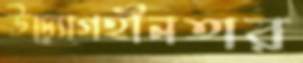
উদ্যোগহীনতার